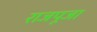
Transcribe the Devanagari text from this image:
राजपूजा